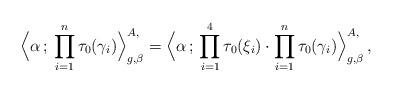
LaTeX: \begin{align*}\Big\langle \alpha \,;\, \prod_{i=1}^{n} \tau_{0}(\gamma_i) \Big\rangle_{g,\beta}^{A, } = \Big\langle \alpha \,;\, \prod_{i=1}^{4} \tau_0(\xi_i) \cdot \prod_{i=1}^{n} \tau_{0}(\gamma_i) \Big\rangle_{g,\beta}^{A, } \,,\end{align*}